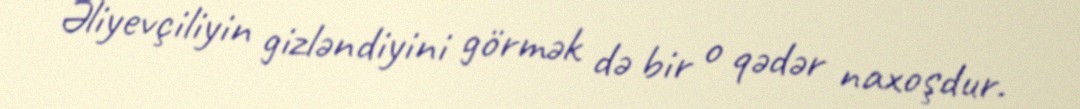
Əliyevçiliyin gizləndiyini görmək də bir o qədər naxoşdur.